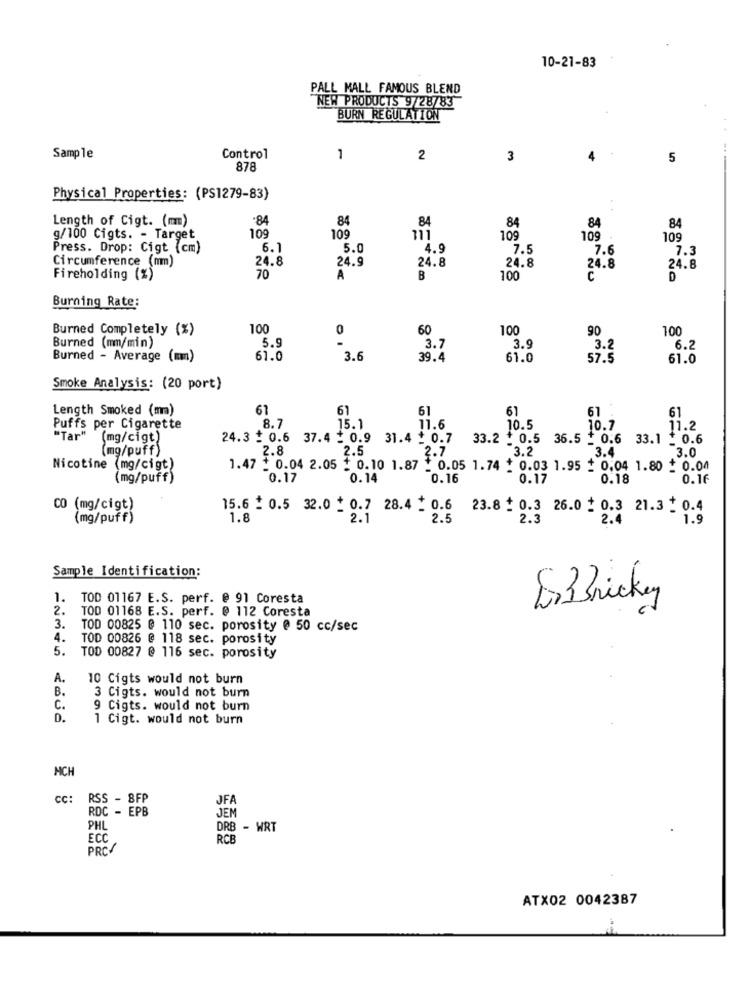
10-21-83
PALL MALL FAMOUS BLEND
NEW PRODUCTS 9/28/83
BURN REGULATION
Sample
Control
1
2
3
5
878
Physical Properties: (PS1279-83)
Length of Cigt. (mm)
.84
84
84
84
109
84
84
g/100 Cigts. - Target
109
111
109
109
109
Press. Drop: Cigt (cm)
6.1
5.0
4.9
7.5
7.6
7.3
Circumference (mm)
24.8
24.8
24.9
24.8
24.8
24.8
Fireholding (%)
70
A
B
100
C
Burning Rate:
Burned Completely (%)
100
0
60
100
90
100
5.9
Burned (mm/min)
3.7
3.9
3.2
6.2
Burned - Average (mm)
61.0
3.6
39.4
61.0
57.5
61.0
Smoke Analysis: (20 port)
Length Smoked (mm)
61
61
61
61
61
8.7
61 .
Puffs per Cigarette
15. 1
11.6
10.5
10.7
11.2
"Tar"
(mg/cigt)
24.3 + 0.6 37.4 _ 0.9
31.4 + 0.7
33.2 + 0.5 36.5 + 0.6 33.1 + 0.6
(mg/puff)
2.8
2.5
2.7
3.2
3.4
3.0
Nicotine (mg/cigt)
1.47 + 0.04 2.05 : 0.10 1.87 + 0.05 1.74 * 0.03 1.95 : 0.04 1.80 + 0.04
(mg/puff)
0.17
0.14
0.16
0.17
0.18
0.16
CO (mg/cigt)
15.6 - 0.5 32.0 + 0.7 28.4 _ 0.6
23.8 : 0.3 26.0 1 0.3 21.3 + 0.4
(mg/puff)
1.8
2.1
2.5
2.3
2.4
1.9
Sample Identification:
1.
TOD 01167 E.S. perf. @ 91 Coresta
EnBricker
2.
TOD 01168 E.S. perf. @ 112 Coresta
3.
TOD 00825 @ 110 sec. porosity @ 50 cc/sec
4.
TOD 00826 @ 118 sec. porosity
5.
TOD 00827 @ 116 sec. porosity
A.
10 Cigts would not burn
B.
3 Cigts. would not burn
C.
9 Cigts. would not burn
D.
1 Cigt. would not burn
HCH
cc:
RSS - BFP
JFA
RDC - EPB
JEM
PHL
DRB - WRT
ECC
RCB
PRC/
ATX02 0042387